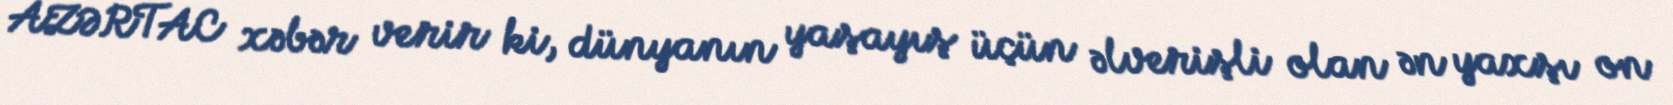
AZƏRTAC xəbər verir ki, dünyanın yaşayış üçün əlverişli olan ən yaxşı on